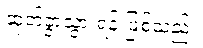
ဆုတ်ခွာသွားရန် ဖြစ်သည်။